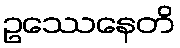
ဥဿေနေတိ